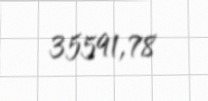
35591,78